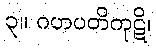
၃။ ဂဟပတိကုဋိ၊